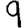
Digit: 9